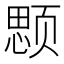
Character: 𱂲